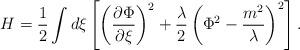
LaTeX: \begin{align*}H=\frac{1}{2}\int d\xi \left[\left(\frac{\partial \Phi}{\partial\xi}\right)^2+\frac{\lambda}{2}\left(\Phi^2-\frac{m^2}{\lambda}\right)^2\right].\end{align*}